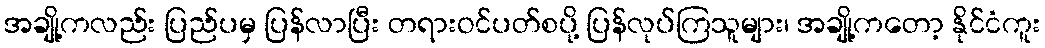
အချို့ကလည်း ပြည်ပမှ ပြန်လာပြီး တရားဝင်ပတ်စပို့ ပြန်လုပ်ကြသူများ၊ အချို့ကတော့ နိုင်ငံကူး